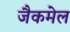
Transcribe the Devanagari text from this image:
जैकमेल